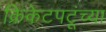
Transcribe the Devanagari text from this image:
क्रिकेटपटूंच्या